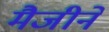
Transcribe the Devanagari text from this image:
मैजीने